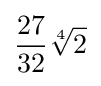
{\frac {27}{32}}{\sqrt[{4}]{2}}